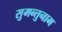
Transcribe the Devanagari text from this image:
सुमन्तुनाम